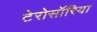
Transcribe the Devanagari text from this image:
टेरोसॉरिया